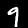
Digit: 9